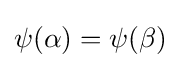
\psi (\alpha )=\psi (\beta )